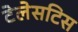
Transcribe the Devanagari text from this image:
टेलेसटिस